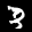
Label: 3